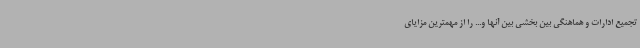
تجمیع ادارات و هماهنگی بین بخشی بین آنها و... را از مهمترین مزایای